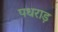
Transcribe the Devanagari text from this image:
पधराड़